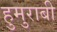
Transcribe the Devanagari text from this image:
हुमुराबी